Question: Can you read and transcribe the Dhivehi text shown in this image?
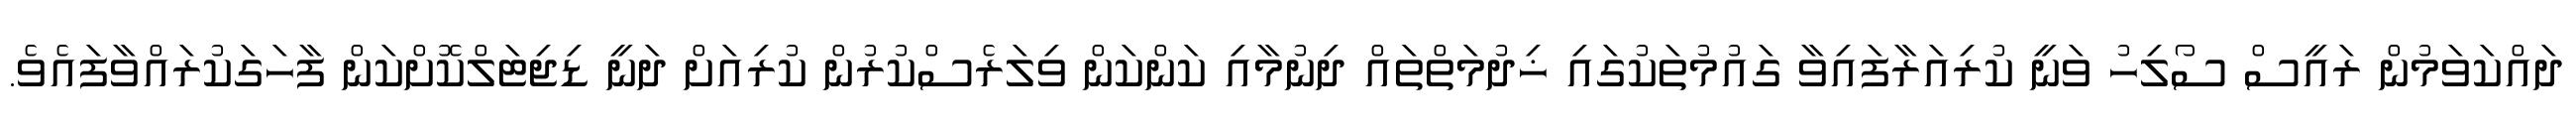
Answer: ދައްކަވަމުން ރައީސް ސޯލިހު ވަނީ ކުރިއަރާފައިވާ ގައުމުތަކުގައި ޚިދުމަތްތައް ދިނުމާއި ކަންކަން ވިލަރެސްކުރުން ކުރިއަށް ދަނީ ޑިޖިޓަލްކޮށްކަން ފާހަގަކުރައްވާފައެވެ.